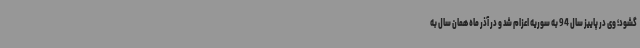
گشود؛ وی در پاییز سال 94 به سوریه اعزام شد و در آذر ماه همان سال به